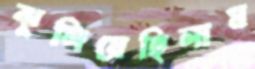
ঝুলিয়েছিলাম